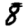
Digit: 8